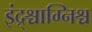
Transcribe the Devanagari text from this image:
इंद्र्श्चाग्निश्च